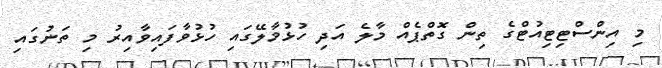
މި އިންސްޓިޓިއުޓްގެ ތިން ގޮތްޕެއް މާލެ އަދި ހުޅުމާލޭގައި ހުޅުވާފައިވާއިރު މި ތަނުގައި